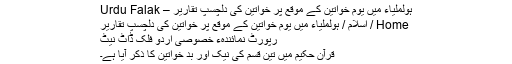
ہولملیاء میں یوم خواتین کے موقع پر خواتین کی دلچسپ تقاریر – Urdu Falak
Home / اسلام / ہولملیاء میں یوم خواتین کے موقع پر خواتین کی دلچسپ تقاریر
رپورٹ نمائندہء خصوصی اردو فلک ڈاٹ نیٹ
قرآن حکیم میں تین قسم کی نیک اور بد خواتین کا ذکر آیا ہے۔